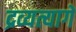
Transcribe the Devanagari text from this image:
द्रव्यत्यागे